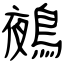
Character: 鵺